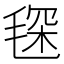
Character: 𣮓